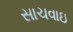
સાચવાઇ